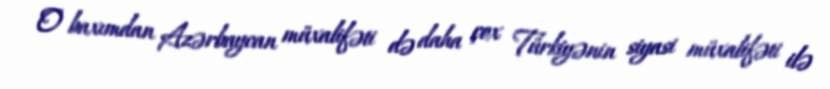
O baxımdan Azərbaycan müxalifəti də daha çox Türkiyənin siyasi müxalifəti ilə